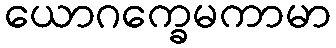
ယောဂက္ခေမကာမာ